Bréfritari: Guðrún Þorsteinsdóttir
Viðtakandi: Páll Pálsson
Dagsetning: A-1874-07-02
Skrifað á: Breiðabólsstað  Rang.
Páll er móðurbróðir Guðrúnar

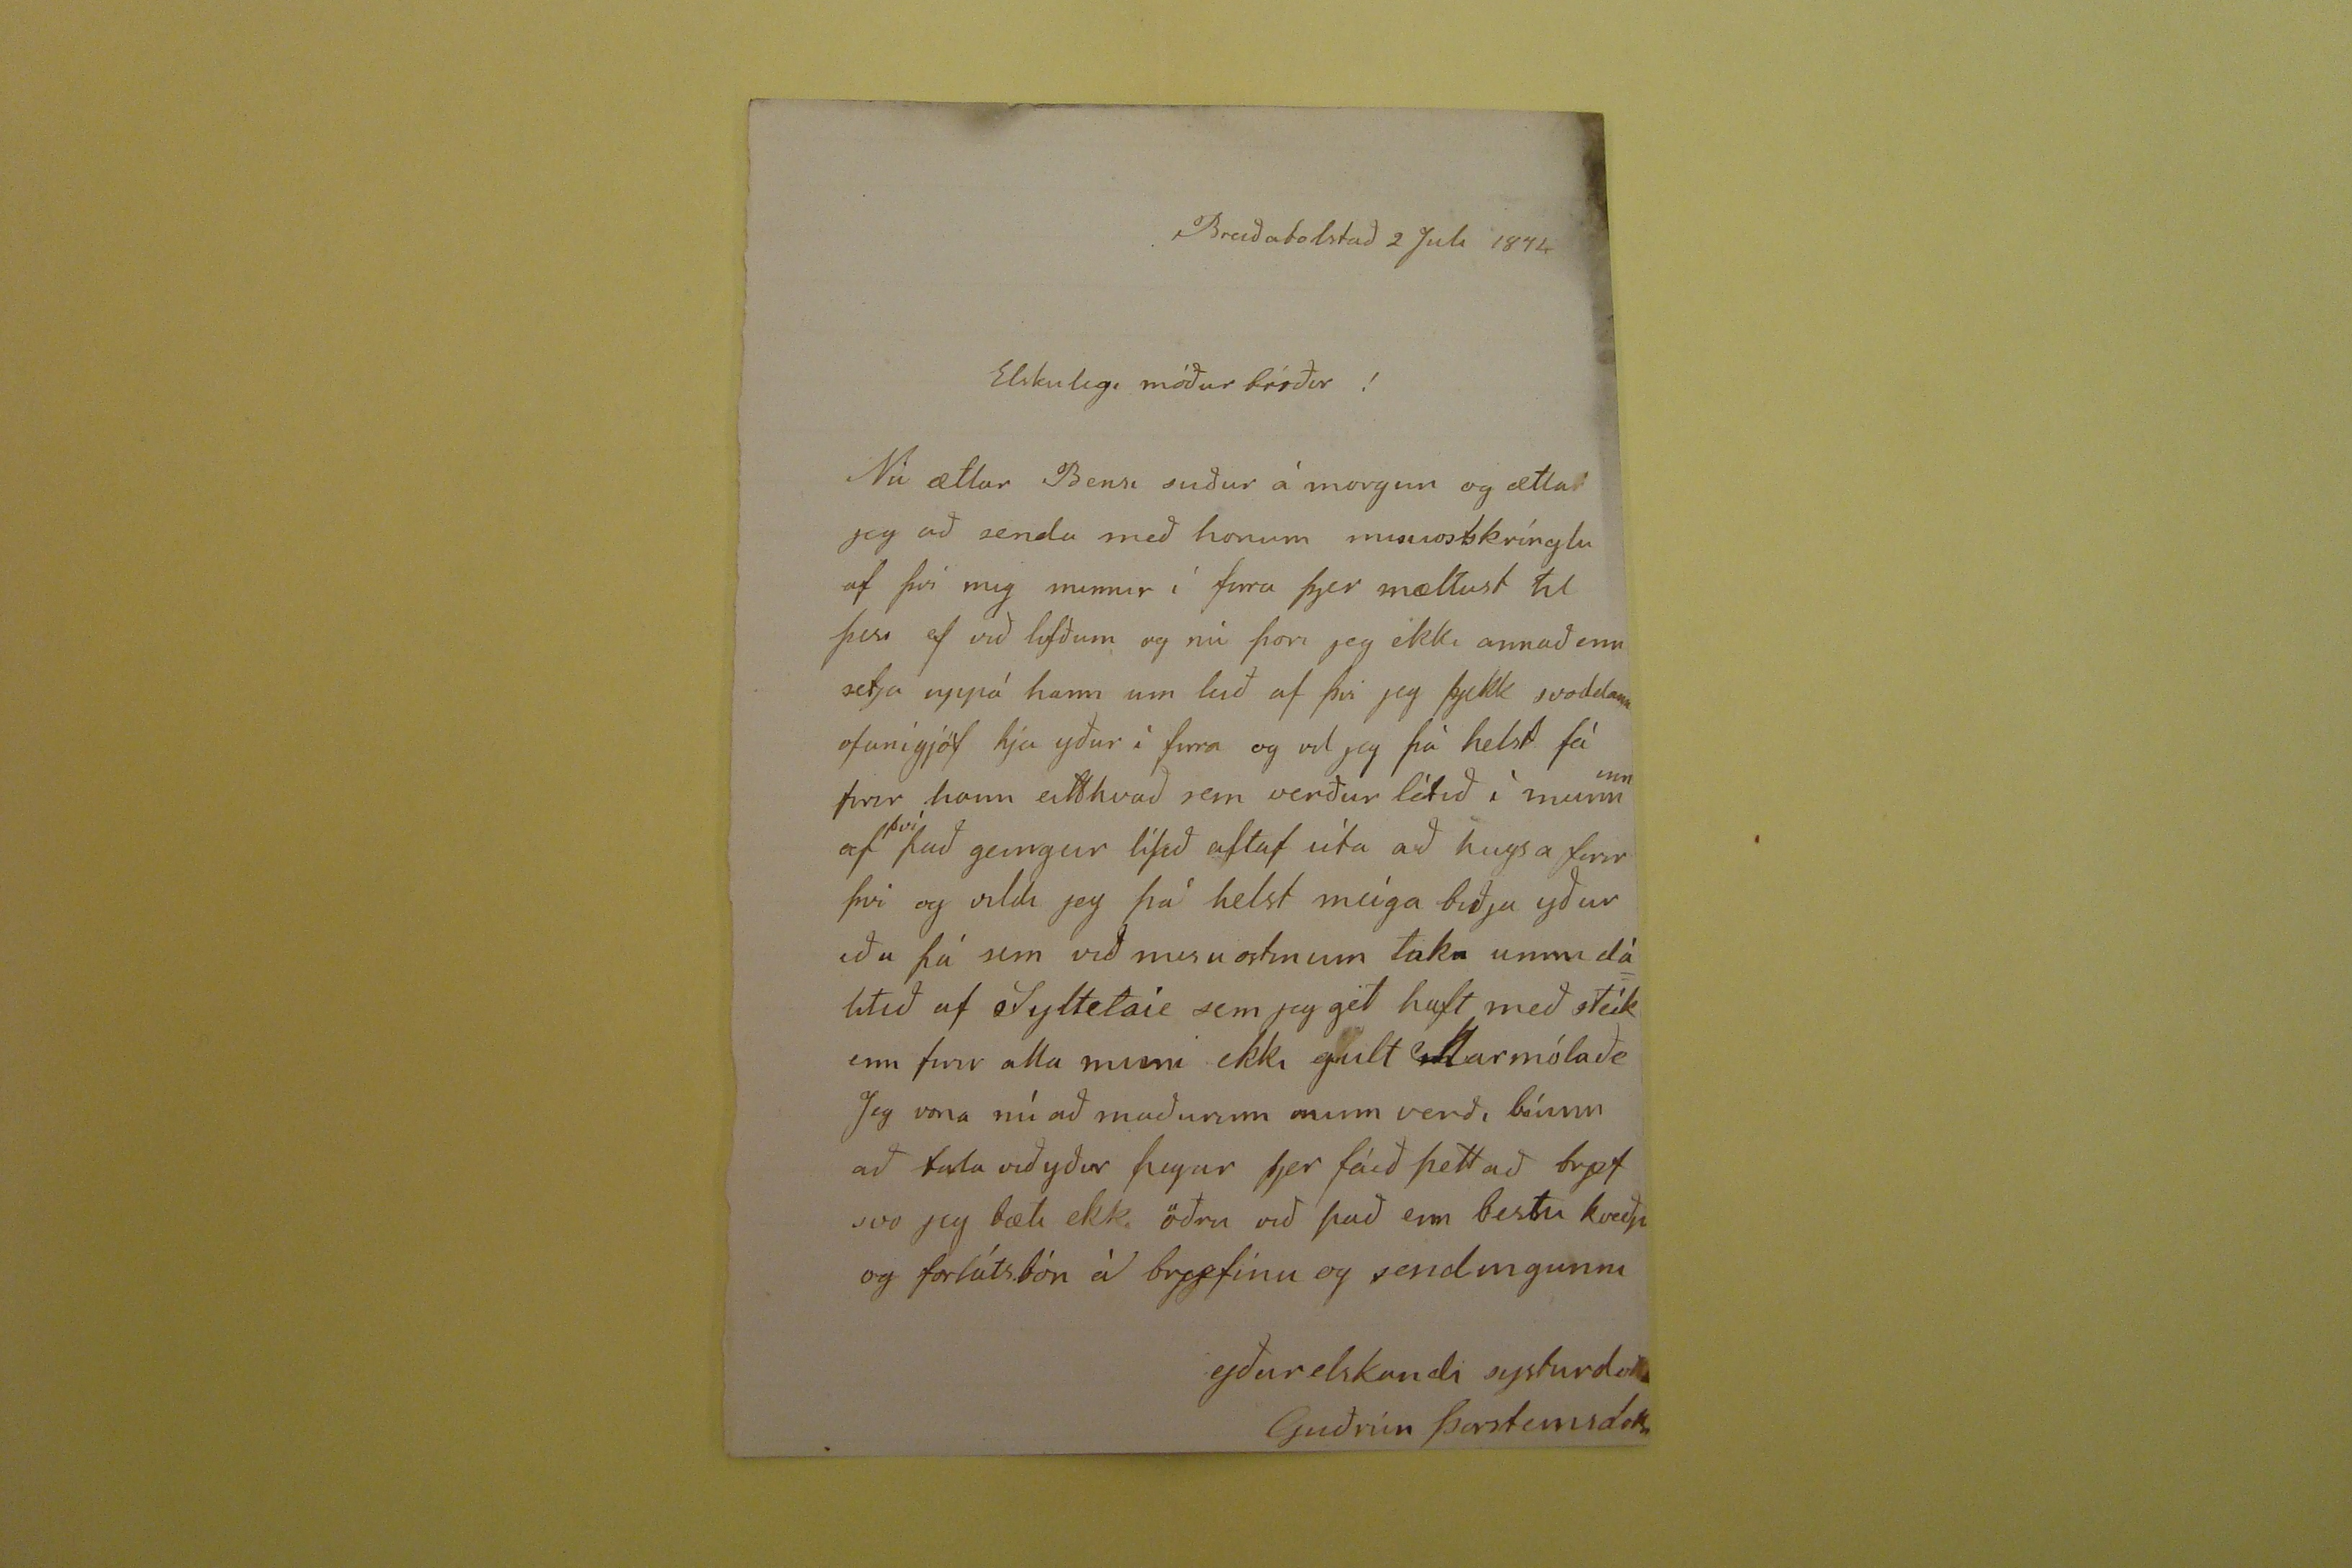

Breiðabólstað 2 Juli 1874.
Elskulegi móður bróðir!
Nú ætlar Bensi suður á morgun og ætla jeg að senda með honum misuostkrínglu af því mig minnir í fara þjer mæltust til þess af við lofðum og nú þori jeg ekki annað enn setja uppá hann um leið af því jeg fjekk svoddann ofanígjöf hjá yður í firra og vil jeg þá helst fá firir hanneitthvað sem verður létið í munninn af
því
það geingur lífið altaf úta að hugsa firir þvi og vildi jeg þá helst meiga biðja yður eða þá sem við misuostinum taka umm dálitið af Syltetoie sem jeg get haft með steikum firir alla muni ekki gult Marmólaði Jeg vona nú að maðurinn minn verði búinn að tala við yður þegar þjer fáið þettað brjef svo jeg bæti ekki öðru við það enn bestu kveðju og forlátsbón á frjefinu og sendingunni
yður elskandi systurd
ottir
Guðrún Þorsteinsdóttir